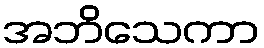
အဘိသေကာ